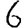
Digit: 6